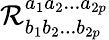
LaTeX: \mathcal{R}_{b_{1}b_{2}...b_{2p}}^{a_{1}a_{2}...a_{2p}}